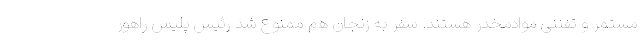
مستمر و تفننی موادمخدر هستند. سفر به زنجان هم ممنوع شد رئیس پلیس راهور